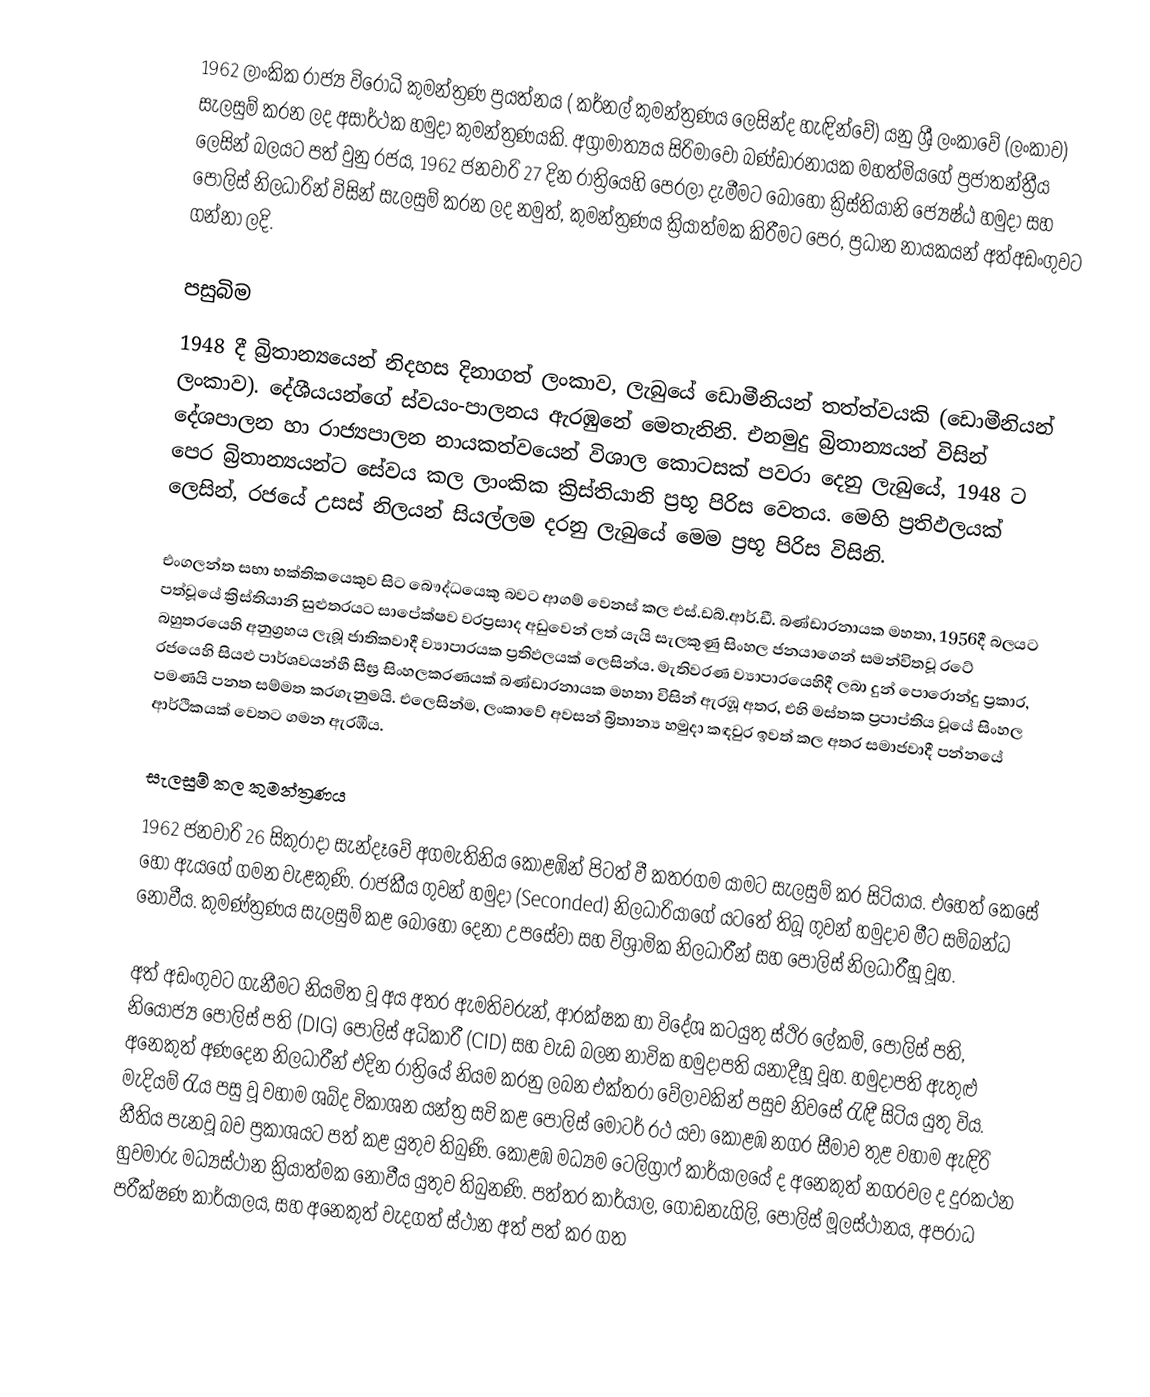
1962 ලාංකික රාජ්‍ය විරෝධි කුමන්ත්‍රණ ප්‍රයත්නය (   කර්නල් කුමන්ත්‍රණය   ලෙසින්ද හැඳින්වේ) යනු ශ්‍රී ලංකාවේ (ලංකාව)  සැලසුම් කරන ලද අසාර්ථක හමුදා කුමන්ත්‍රණයකි. අග්‍රාමාත්‍යය සිරිමාවෝ බණ්ඩාරනායක මහත්මියගේ ප්‍රජාතන්ත්‍රීය ලෙසින් බලයට පත් වුනු රජය, 1962 ජනවාරි 27 දින රාත්‍රියෙහි පෙරලා දැමීමට  බොහෝ  ක්‍රිස්තියානි ජ්‍යෙෂ්ඨ හමුදා සහ පොලිස් නිලධාරින් විසින්  සැලසුම් කරන ලද නමුත්,  කුමන්ත්‍රණය ක්‍රියාත්මක කිරීමට පෙර, ප්‍රධාන නායකයන් අත්අඩංගුවට ගන්නා ලදි.

පසුබිම
1948 දී බ්‍රිතාන්‍යයෙන් නිදහස දිනාගත් ලංකාව, ලැබුයේ  ඩොමීනියන් තත්ත්වයකි (ඩොමීනියන් ලංකාව).   දේශීයයන්ගේ ස්වයං-පාලනය ඇරඹුනේ මෙතැනිනි. එනමුදු බ්‍රිතාන්‍යයන් විසින්  දේශපාලන හා රාජ්‍යපාලන නායකත්වයෙන් විශාල කොටසක්  පවරා දෙනු ලැබුයේ, 1948 ට පෙර බ්‍රිතාන්‍යයන්ට සේවය කල ලාංකික ක්‍රිස්තියානි ප්‍රභූ පිරිස වෙතය. මෙහි ප්‍රතිඵලයක් ලෙසින්, රජයේ උසස් නිලයන් සියල්ලම දරනු ලැබුයේ මෙම ප්‍රභූ පිරිස විසිනි.

එංගලන්ත සභා භක්තිකයෙකුව සිට බෞද්ධයෙකු බවට ආගම් වෙනස් කල එස්.ඩබ්.ආර්.ඩී. බණ්ඩාරනායක මහතා, 1956දී  බලයට පත්වූයේ ක්‍රිස්තියානි සුළුතරයට සාපේක්ෂව වරප්‍රසාද අඩුවෙන් ලත් යැයි සැලකුණු සිංහල ජනයාගෙන් සමන්විතවූ රටේ බහුතරයෙහි අනුග්‍රහය ලැබූ ජාතිකවාදී ව්‍යාපාරයක ප්‍රතිඵලයක් ලෙසින්ය. මැතිවරණ ව්‍යාපාරයෙහිදී ලබා දුන් පොරොන්දු ප්‍රකාර, රජයෙහි සියළු පාර්ශවයන්හී සීඝ්‍ර සිංහලකරණයක් බණ්ඩාරනායක මහතා විසින් ඇරඹූ අතර, එහි මස්තක ප්‍රපාප්තිය වූයේ සිංහල පමණයි පනත සම්මත කරගැනුමයි. එලෙසින්ම, ලංකාවේ අවසන් බ්‍රිතාන්‍ය හමුදා කඳවුර ඉවත් කල අතර සමාජවාදී පන්නයේ ආර්ථිකයක් වෙතට ගමන ඇරඹීය.

සැලසුම් කල කුමන්ත්‍රණය
1962 ජනවාරි 26 සිකුරාදා සැන්දෑවේ අගමැතිනිය කොළඹින් පිටත් වී කතරගම යාමට සැලසුම් කර සිටියාය. එහෙත් කෙ‍සේ  හෝ ඇයගේ ගමන වැළකුණි.  රාජකීය ගුවන් හමුදා (Seconded) නිලධාරියාගේ යටතේ තිබූ ගුවන් හමුදාව මීට සම්බන්ධ නොවීය. කුමණ්ත්‍රණය සැලසුම් කළ බොහෝ දෙනා උපසේවා සහ විශ්‍රාමික නිලධාරීන් සහ පොලිස් නිලධාරීහූ වූහ.

අත් අඩංගුවට ගැනීමට නියමිත වූ අය අතර ඇමතිවරුන්, ආරක්ෂක හා විදේශ කටයුතු ස්ථිර ලේකම්, පොලිස් පති, නියෝජ්‍ය පොලිස් පති (DIG) පොලිස් අධිකාරී (CID) සහ වැඩ බලන නාවික හමුදාපති යනාදීහූ වූහ. හමුදාපති ඇතුළු අනෙකුත් අණදෙන නිලධාරීන් එදින රාත්‍රියේ නියම කරනු ලබන එක්තරා වේලාවකින් පසුව නිවසේ රැඳී සිටිය යුතු විය. මැදියම් රැය පසු වූ වහාම ශබ්ද විකාශන යන්ත්‍ර සවි කළ පොලිස් මෝටර් රථ යවා කොළඹ නගර සීමාව තුළ වහාම ඇඳිරි නීතිය පැනවූ බව ප්‍රකාශයට පත් කළ යුතුව තිබුණි. කොළඹ මධ්‍යම ටෙලිග්‍රාෆ් කාර්යාලයේ ද අනෙකුත් නගරවල ද දුරකථන හුවමාරු මධ්‍යස්ථාන ක්‍රියාත්මක නොවීය යුතුව තිබුනණි. පත්තර කාර්යාල, ගොඩනැගිලි, පොලිස් මූලස්ථානය, අපරාධ පරීක්ෂණ කාර්යාලය, සහ අනෙකුත් වැදගත් ස්ථාන අත් පත් කර ගත